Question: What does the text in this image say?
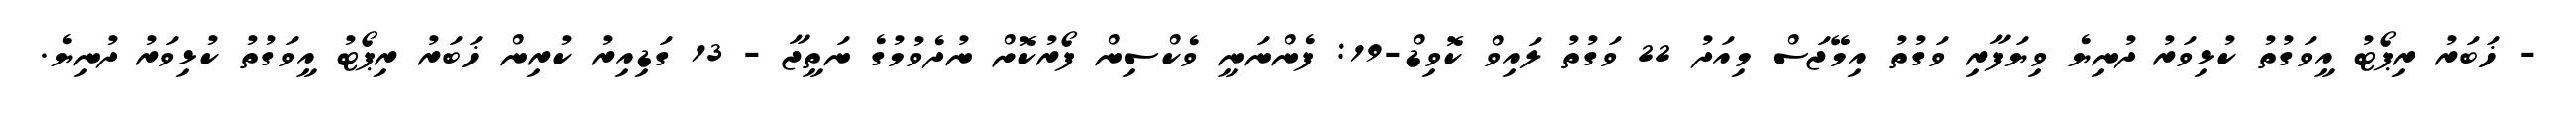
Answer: - ޚަބަރު ރިޕޯޓު އީވަގުތު ކުޅިވަރު ދުނިޔެ ވިޔަފާރި ވަގުތު އިމޭޖަސް މިއަދު 22 ވަގުތު ލައިވް ކޮވިޑް-19: ފެންނަނީ ވެކްސިން ފޯރުކޮށް ނުދެވުމުގެ ނަތީޖާ - 13 ގަޑިއިރު ކުރިން ޚަބަރު ރިޕޯޓު އީވަގުތު ކުޅިވަރު ދުނިޔެ.